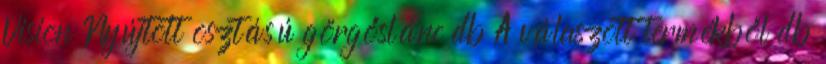
Vision Nyújtott osztású görgőslánc db A válaszott termékből db